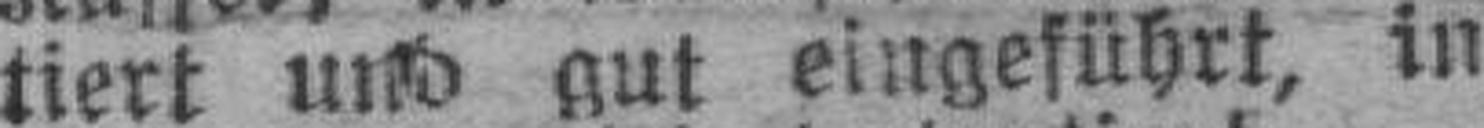
tiert und gut eingeführt, in